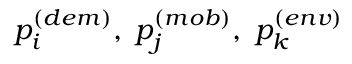
p _ { i } ^ { ( d e m ) } , \; p _ { j } ^ { ( m o b ) } , \; p _ { k } ^ { ( e n v ) }